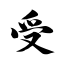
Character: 受